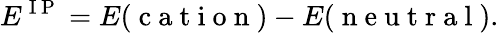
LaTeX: E^{\mathrm{~I~P~}}=E(\mathrm{~c~a~t~i~o~n~})-E(\mathrm{~n~e~u~t~r~a~l~}).